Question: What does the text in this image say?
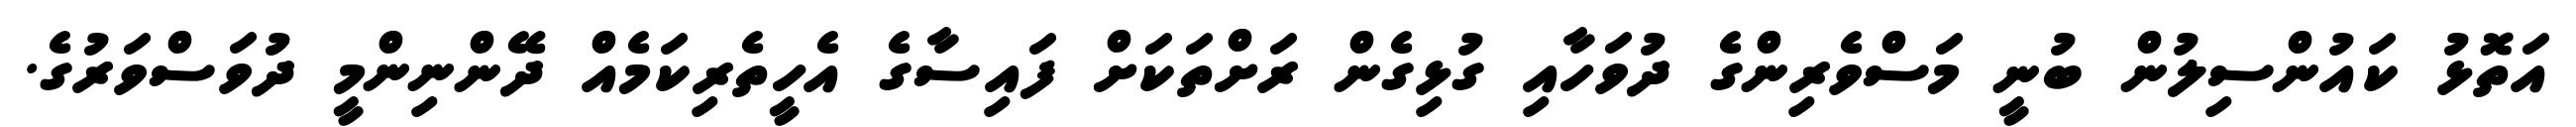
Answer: އަތޮޅު ކައުންސިލުން ބުނީ މަސްވެރިންގެ ދުވަހާއި ގުޅިގެން ރަށްތަކަށް ފައިސާގެ އެހީތެރިކަމެއް ދޭންނިންމީ ދުވަސްވަރުގެ.